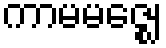
ကာမမဇ္ဈေ